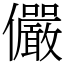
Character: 儼